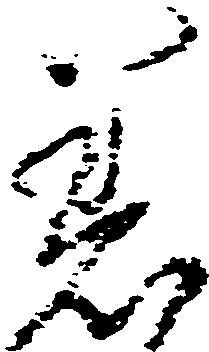
着